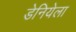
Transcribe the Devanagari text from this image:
डेनियेला